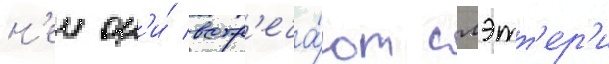
н'еи он'и́ встр'еча́ют слэтт'ер'и